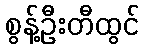
စွန့်ဦးတီထွင်